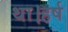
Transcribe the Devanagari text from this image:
था।हर्ष